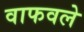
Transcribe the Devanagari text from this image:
वाफवले